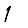
Digit: 1